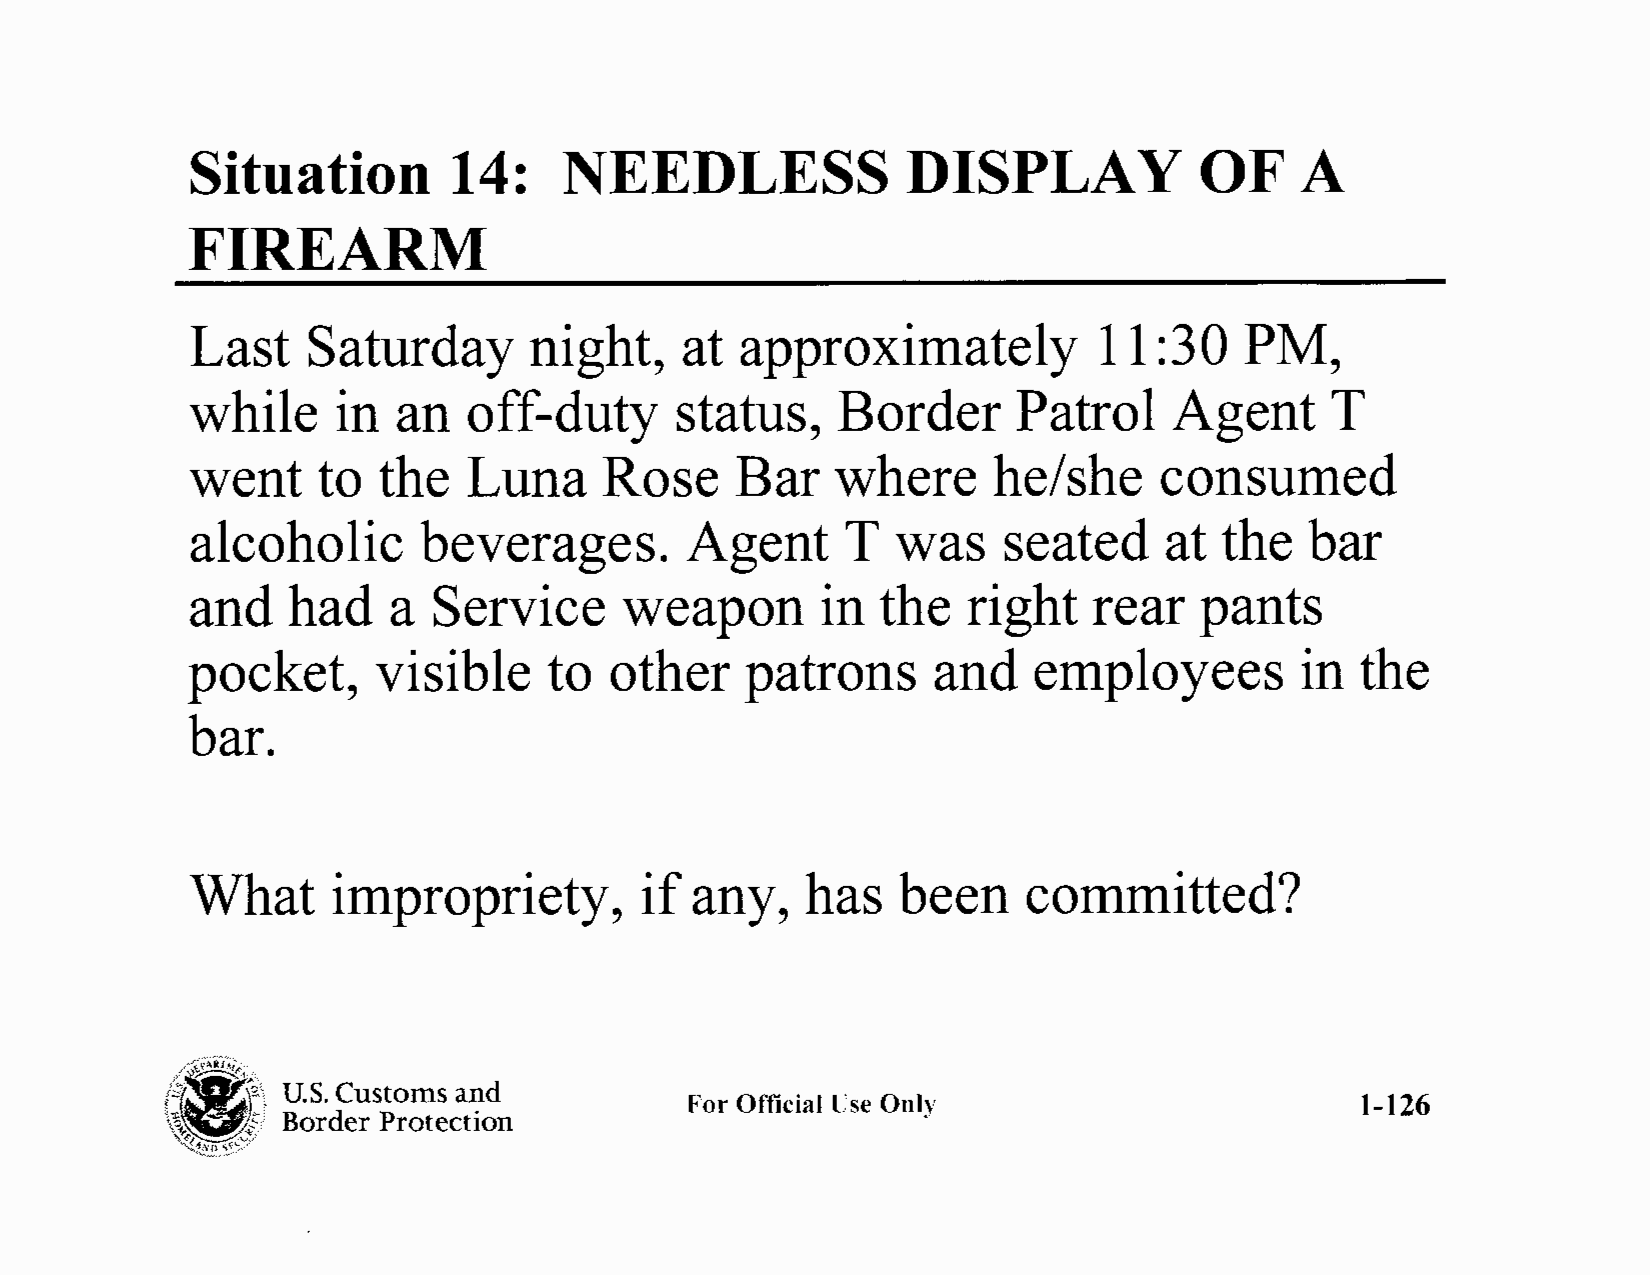
Situation        14:    NEEDLESS               DISPLAY            OF     A
 FIREARM
 Last   Saturday       night,    at  approximately           11 :30   PM,
 while     in  an   off-duty      status,   Border      Patrol    Agent      T
 went     to  the   Luna     Rose     Bar   where      he/she     consumed
 alcoholic       beverages.       Agent      T  was    seated     at  the  bar
 and    had    a  Service     weapon       in  the   right   rear   pants
 pocket,      visible    to  other    patrons      and   employees         in  the
 bar.
 What      impropriety,        if  any,   has   been     committed?
 \et
 ('/.o"~"f~3Ef,f '
 U.S. Customs and
 For Official Use Only                        1-126
 Border Protection